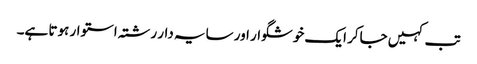
تب کہیں جاکر ایک خوشگوار اور سایہ دار رشتہ استوار ہوتا ہے۔